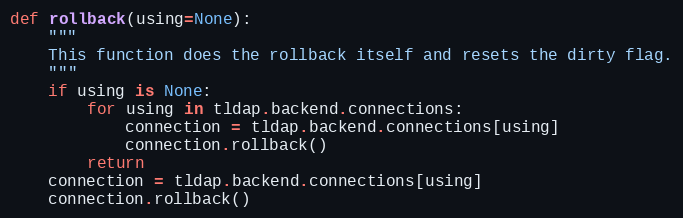
Language: Python
def rollback(using=None):
    """
    This function does the rollback itself and resets the dirty flag.
    """
    if using is None:
        for using in tldap.backend.connections:
            connection = tldap.backend.connections[using]
            connection.rollback()
        return
    connection = tldap.backend.connections[using]
    connection.rollback()